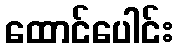
ထောင်ပေါင်း